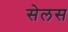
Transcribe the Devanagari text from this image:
सेलस